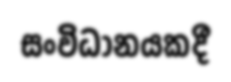
සංවිධානයකදී